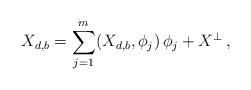
LaTeX: \begin{align*} X_{d,b}=\sum_{j=1}^{m} ( X_{d,b}, \phi_j) \, \phi_j+X^{\perp}\, ,\end{align*}